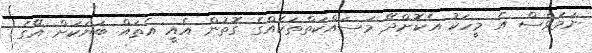
ނަމަވެސް އެ މީހަކު އެކޮށްދޭ މަސައްކަތްތަކެއްގެ ގޮތުން އެއީ އެތައް ބަޔަކަށް އޭގެ